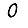
Digit: 0